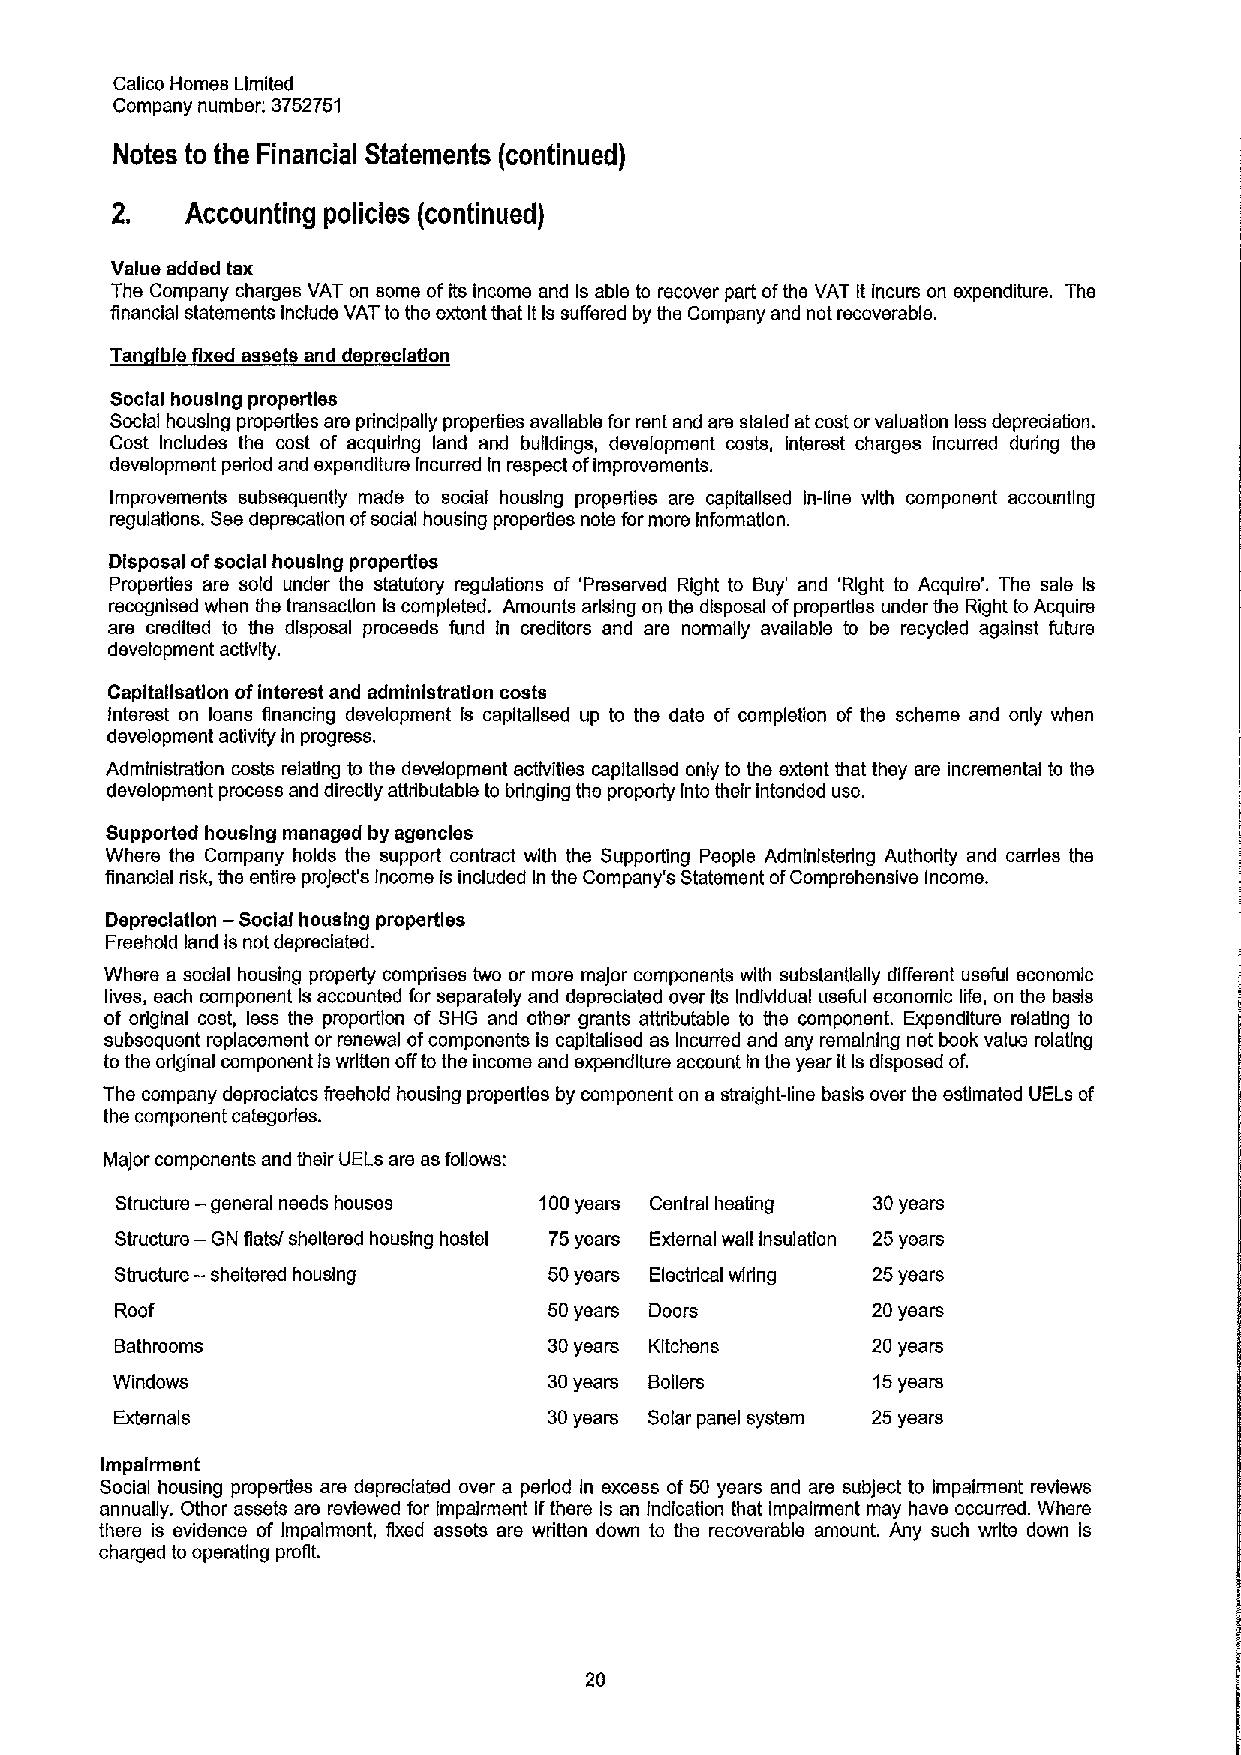
Calico Homes Limited
 Company number: 3752751
 Notes to the Financial Statements (continued)
 2.   Accounting policies (continued)
 Value added tax
 The Company charges VAT on some ofits income and Is able to recover part ofthe VAT It incurs on expenditure. The
 financial statements Include VAT to the extent that ItIssuffered by the Company and not recoverable.
 Tan Ibis fixed assets and de rsclatlon
 Social housing properties
 Social housing properties are principally properties available for rent and are stated at cost orvaluation less depreciation.
 Cost Includes the cost of acquiring land and buildings, development costs, interest charges incurred during the
 development period and expenditure Incurred In respect ofimprovements.
 Improvements subsequently made to social housing properties are capitallsed in-line with component accounting
 regulations. Sesdeprecation ofsocial housing properties note formore Information.
 Disposal ofsocial housing properties
 Properties are sold under the statutory regulations of 'Preserved Right to Buy' and 'Right to Acquire'. The sale Is
 recognised when ths transaction Iscompleted. Amounts arising on the disposal ofproperties under the Right to Acquire
 are credited to the disposal proceeds fund in creditors and are normally available to be recycled against future
 development activity.
 Capltallsatlon ofinterest and administration costs
 Interest on loans financing development Is capitallsed up to the date of completion of the scheme and only when
 development activity in progress.
 Administration costs relating to the development activities capltallsed only to the extent that they are incremental to the
 development process and directly attributable to bringing the property Into their intended use.
 Supported housing managed by agencies
 Where the Company holds the support contract with the Supporting People Administering Authority and carries the
 financial risk, the entire project's Income is included In the Company's Statement ofComprehensive Income.
 Depreciation
 —Social
 housing properties
 Freehold land is not depreciated.
 Where a social housing property comprises two or more maJor components with substantially differen useful economic
 lives, each component Is accounted for separately and depreciated over Its Individual useful economic life, on the basis
 of original cost, less the proportion of SHG and other grants attributable to the component. Expenditure relating to
 subsequent replacement or renewal ofcomponents is capltalised as Incurred and any remaining net book value relating
 to the original component ls written offto the income and expenditure account In the year itIsdisposed of.
 The company depreciates freehold housing properties by component on a straight-line basis over the estimated UELs of
 the component categories.
 MaJor components and their UELs are as follows:
 Structure — general needs houses 100years Central heating 30years
 Structure — Ghi flats/ sheltered housing hostel 75years External wall insulation 25years
 Structure — sheltered housing 50years Electrical wiring 25years
 Roof                        50years Doors         20years
 Bathrooms                   30years Kitchens      20 years
 Windows                      30years Boilers       15years
 Externals                   30years Solar panel system 25 years
 Impairment
 Social housing properties are depreciated over a period In excess of 50 years and are sublect to Impairment reviews
 annually. Other assets are reviewed for Impairment Ifthere is an indication that impairment may have occurred. Where
 there is evidence of Impairment, fixed assets are written down to the recoverable amount. Any such write down Is
 charged to operating profit.
 20